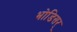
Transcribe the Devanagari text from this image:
भोडिसर्